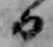
日